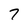
Character: 7